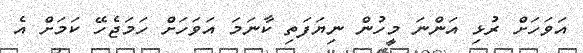
އަވަހަށް ރުޅި އަންނަ މީހުން ނިޔަފަތި ކާނަމަ އަވަހަށް ހަމަޖެހޭ ކަމަށް އެ